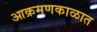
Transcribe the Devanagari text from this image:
आक्रमणकाळात